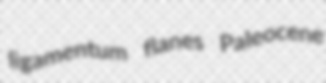
ligamentum flanes Paleocene